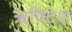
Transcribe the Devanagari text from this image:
ऋषिदेश